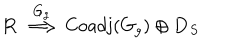
\mathbf { R } \, \stackrel { G _ { g } } { \Longrightarrow } \, \mathrm { C o a d j } ( G _ { g } ) \oplus \mathbf { D } _ { S }